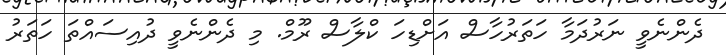
ދެންނެވީ ނަރުދަމާ ހަތަރުހާސް އަށްޑިހަ ކްލާސް ރޫމް. މި ދެންނެވީ ދުއިސައްތަ ހަތަރު